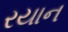
રયાન